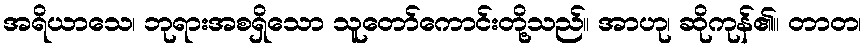
အရိယာသေ၊ ဘုရားအစရှိသော သူတော်ကောင်းတို့သည်။ အာဟု၊ ဆိုကုန်၏။ တာတ၊